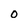
Character: 0